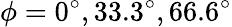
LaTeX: \phi=0^{\circ},33.3^{\circ},66.6^{\circ}